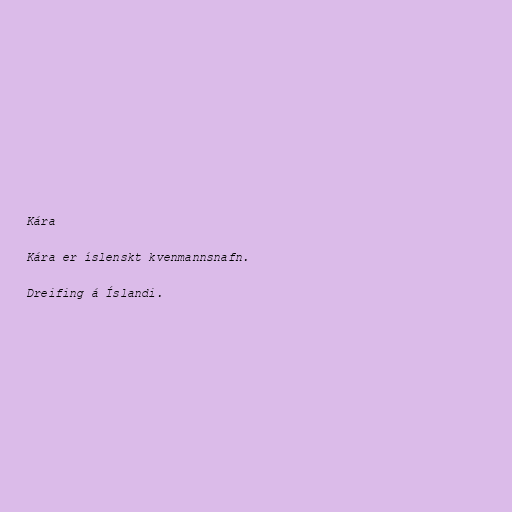
Kára

Kára er íslenskt kvenmannsnafn.

Dreifing á Íslandi.